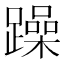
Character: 躁